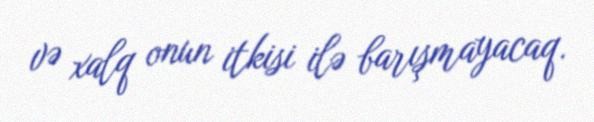
və xalq onun itkisi ilə barışmayacaq.